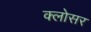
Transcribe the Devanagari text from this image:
क्लोसर